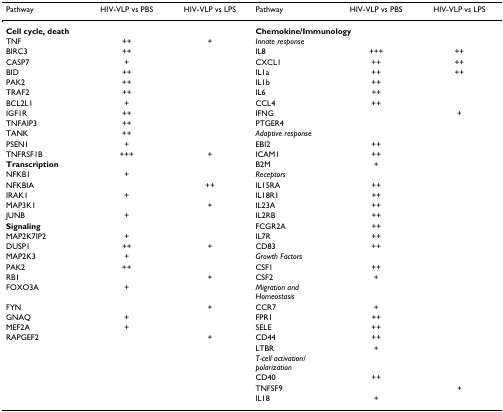
| Pathway | HIV-VLP vs PBS | HIV-VLP vs LPS | Pathway | HIV-VLP vs PBS | HIV-VLP vs LPS |
 | --- | --- | --- | --- | --- | --- |
 | <COLSPAN=3> Cell cycle, death | <COLSPAN=3> Chemokine/Immunology |
 | TNF | ++ | + | Innate response |  |  |
 | BIRC3 | ++ |  | IL8 | +++ | ++ |
 | CASP7 | + |  | CXCL1 | ++ | ++ |
 | BID | ++ |  | IL1a | ++ | ++ |
 | PAK2 | ++ |  | IL1b | ++ |  |
 | TRAF2 | ++ |  | IL6 | ++ |  |
 | BCL2L1 | + |  | CCL4 | ++ |  |
 | IGF1R | ++ |  | IFNG |  | + |
 | TNFAIP3 | ++ |  | PTGER4 |  |  |
 | TANK | ++ |  | Adaptive response |  |  |
 | PSEN1 | + |  | EBI2 | ++ |  |
 | TNFRSF1B | +++ | + | ICAM1 | ++ |  |
 | Transcription |  |  | B2M | + |  |
 | NFKB1 | + |  | Receptors |  |  |
 | NFKBIA |  | ++ | IL15RA | ++ |  |
 | IRAK1 | + |  | IL18R1 | ++ |  |
 | MAP3K1 |  | + | IL23A | ++ |  |
 | JUNB | + |  | IL2RB | ++ |  |
 | Signaling |  |  | FCGR2A | ++ |  |
 | MAP2K7IP2 | + |  | IL7R | ++ |  |
 | DUSP1 | ++ | + | CD83 | ++ |  |
 | MAP2K3 | + |  | Growth Factors |  |  |
 | PAK2 | ++ |  | CSF1 | ++ |  |
 | RB1 |  | + | CSF2 | + |  |
 | FOXO3A | + |  | Migration and Homeostasis |  |  |
 | FYN |  | + | CCR7 | + |  |
 | GNAQ | + |  | FPR1 | ++ |  |
 | MEF2A | + |  | SELE | ++ |  |
 | RAPGEF2 |  | + | CD44 | ++ |  |
 |  |  |  | LTBR | + |  |
 |  |  |  | T-cell activation/polarization |  |  |
 |  |  |  | CD40 | ++ |  |
 |  |  |  | TNFSF9 |  | + |
 |  |  |  | IL18 | + |  |